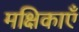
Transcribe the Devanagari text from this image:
मक्षिकाएँ